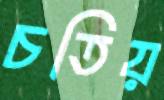
চতিয়